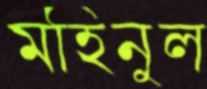
মহিনুল